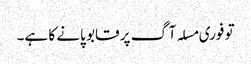
تو فوری مسلہ آگ پر قابو پانے کا ہے۔